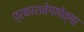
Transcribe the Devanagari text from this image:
प्रकाशवेगापेक्षा